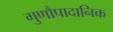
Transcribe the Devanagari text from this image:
गुणौपादानिक